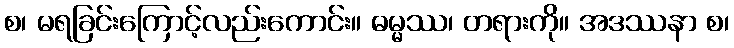
စ၊ မရခြင်းကြောင့်လည်းကောင်း။ ဓမ္မဿ၊ တရားကို။ အဒဿနာ စ၊